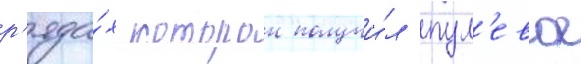
р'яда́х которои получи́л пул'евое